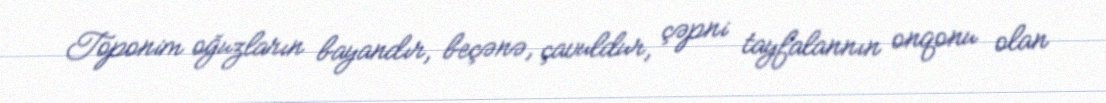
Toponim oğuzların bayandır, beçənə, çavuldur, çəpni tayfalannın onqonu olan